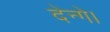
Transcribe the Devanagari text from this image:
देन्गे।